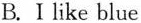
B.Ⅰlike blue